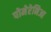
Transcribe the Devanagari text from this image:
पोमेरेनिआ